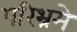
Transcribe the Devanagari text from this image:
परिभ्रमे